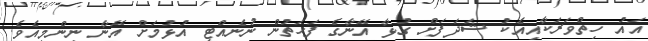
އައު ހިތްވަރަކާއިއެކު ޝަދަފަށް ގުޅާ އޭނާގެ ފަހަތުން ނުނެއްޓި އުޅުމަށް އޭނާ ނިންމިއެވެ.